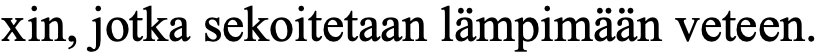
xin, jotka sekoitetaan lämpimään veteen.